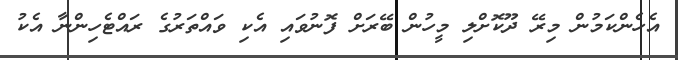
އެހެންކަމުން މިރޭ ދޫކޮށްލި މީހުން ބޭރަށް ފޮނުވައި އެކި ވައްތަރުގެ ރައްޓެހިންނާ އެކު